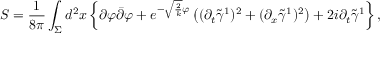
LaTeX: S = \frac { 1 } { 8 \pi } \int _ { \Sigma } d ^ { 2 } x \left\{ \partial \varphi \bar { \partial } \varphi + e ^ { - \sqrt { \frac { 2 } { k } } \varphi } \left( ( \partial _ { t } \tilde { \gamma } ^ { 1 } ) ^ { 2 } + ( \partial _ { x } \tilde { \gamma } ^ { 1 } ) ^ { 2 } \right) + 2 i \partial _ { t } \tilde { \gamma } ^ { 1 } \right\} ,